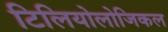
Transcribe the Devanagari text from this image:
टिलियोलोजिकल